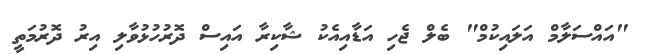
"އައްސަލާމް އަލައިކުމް" ބެލް ޖެހި އަޑާއިއެކު ޝާކިރާ އައިސް ދޮރުހުޅުވާލި އިރު ދޮރުމަތީ